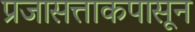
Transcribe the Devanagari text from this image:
प्रजासत्ताकपासून